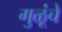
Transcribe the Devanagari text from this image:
गुळूंचे